Annual report of the Punjab Veterinary College and of the Civil Veterinary Department, Punjab - 1926-1932
Year: 1926
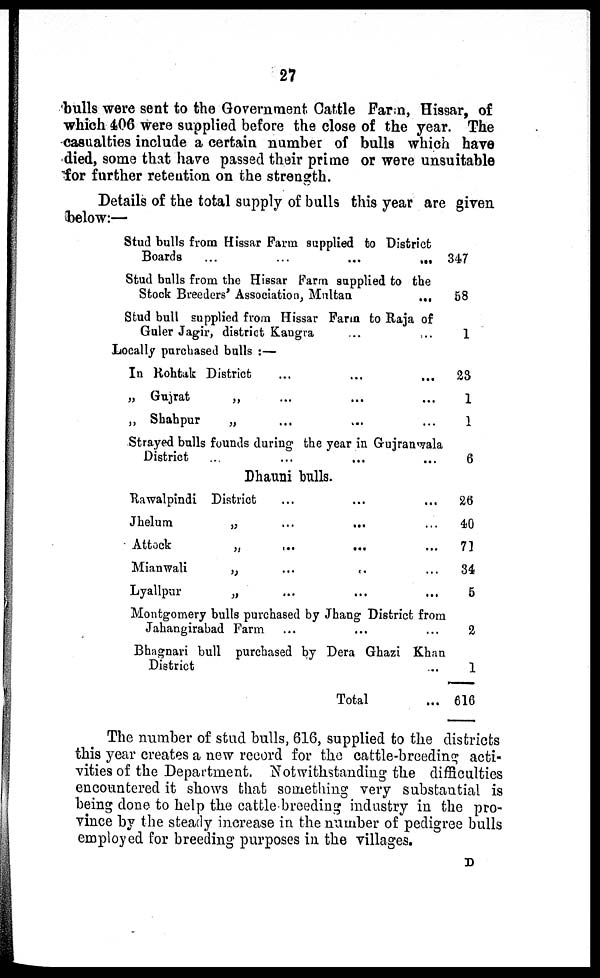
27
bulls were sent to the Government Cattle Farm, Hissar, of
which 406 were supplied before the close of the year. The
casualties include a certain number of bulls which have
died, some that have passed their prime or were unsuitable
for further retention on the strength.
Details of the total supply of bulls this year are given
below:—
Stud bulls from Hissar Farm supplied to District
Boards
...
...
...
...
Stud balls from the Hissar Farm supplied to the
Stock Breeders' Association,
Multan
...
Stud bull supplied from Hissar Farm to Raja of
Guler Jagir, district Kangra ... ...
Locally purchased bulls:—
In Rohtak District ... ...
„ Gujrat
„ ... ...
„ Shahpur
„ ... ... ...
Strayed bulls founds during the year in Gujranwala
District
Dhauni bulls.
Rawalpindi District ... ....
Jhelum
„
...
... ... ... ...
Attock „ ... ... ...
Mianwali
„ ... ...
Lyallpur
„ ... ...
Montgomery bulls purchased by Jhang District from
Jahangirabad Farm ... ... ...
Bhagnari bull purchased by Dera Ghazi Khan
District ...
Total ...
347
58
1
23
1
1
6
26
40
71
34
5
2
1
616
The number of stud bulls, 616, supplied to the districts
this year creates a new record for the cattle-breeding acti-
vities of the Department. Notwithstanding the difficulties
encountered it shows that something very substantial is
being done to help the cattle breeding industry in the pro-
vince by the steady increase in the number of pedigree bulls
employed for breeding purposes in the villages.